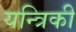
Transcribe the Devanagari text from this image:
यन्त्रिकी